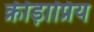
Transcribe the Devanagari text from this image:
क्रीड़ाप्रिय